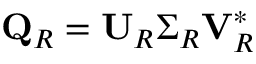
\mathbf { Q } _ { R } = \mathbf { U } _ { R } \boldsymbol { \Sigma } _ { R } \mathbf { V } _ { R } ^ { * }